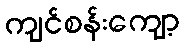
ကျင်စန်းကျော့